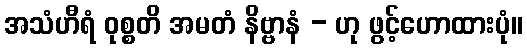
အသံဟီရံ ဝုစ္စတိ အမတံ နိဗ္ဗာနံ - ဟု ဖွင့်ဟောထားပုံ။